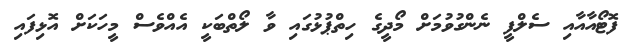
ފޮޓޯއާއާއި ސެލްފީ ނެންގުވުމަށް މޯދީގެ ހިތްޕުޅުގައި ވާ ލޯތްބަކީ އެއްވެސް މީހަކަށް އޮޅިފައި